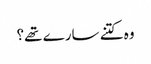
وہ کتنے سارے تھے؟